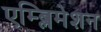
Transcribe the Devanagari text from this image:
एम्ब्लिमेशन